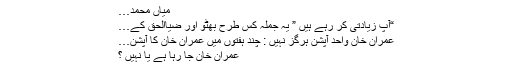
میاں محمد…
“آپ زیادتی کر رہے ہیں ” یہ جملہ کس طرح بھٹو اور ضیاالحق کے…
عمران خان واحد آپشن ہرگز نہیں : چند ہفتوں میں عمران خان کا آپشن…
عمران خان جا رہا ہے یا نہیں ؟